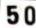
50